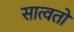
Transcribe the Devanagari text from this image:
सात्वतों